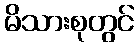
မိသားစုတွင်